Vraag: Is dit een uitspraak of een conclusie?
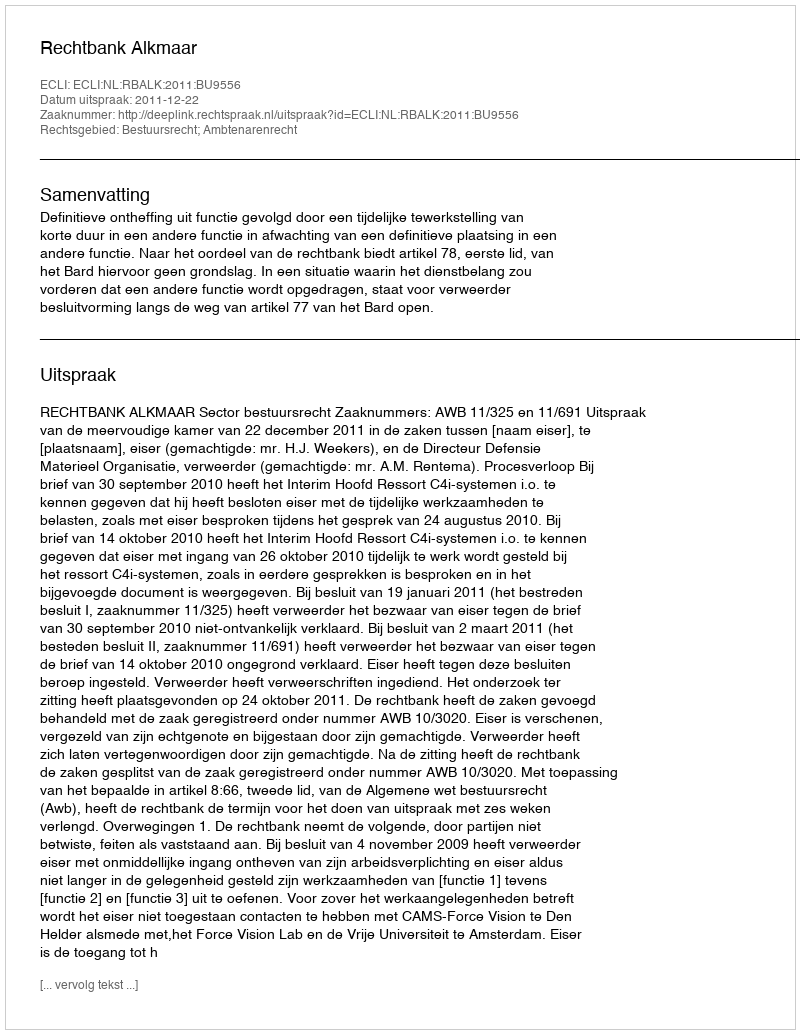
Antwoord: Uitspraak